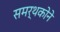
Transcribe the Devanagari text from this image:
समर्थकोने